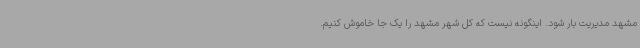
مشهد مدیریت بار شود. اینگونه نیست که کل شهر مشهد را یک جا خاموش کنیم.